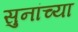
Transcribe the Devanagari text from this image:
सुनांच्या